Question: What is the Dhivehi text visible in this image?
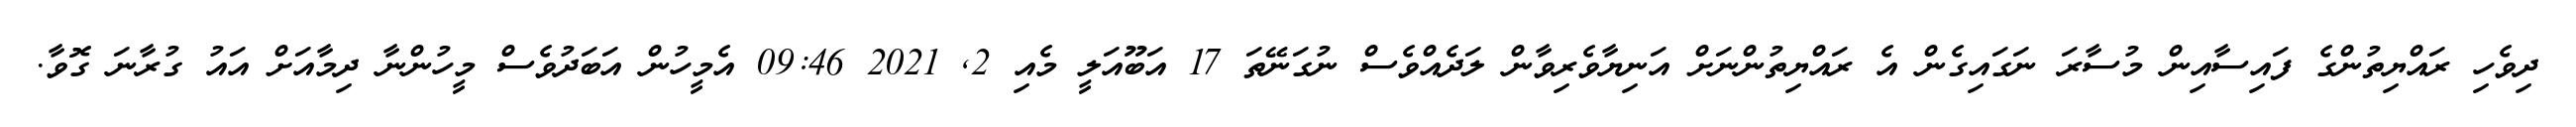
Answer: ދިވެހި ރައްޔިތުންގެ ފައިސާއިން މުސާރަ ނަގައިގެން އެ ރައްޔިތުންނަށް އަނިޔާވެރިވާން ލަދެއްވެސް ނުގަނޭތަ 17 އަބޫއަލީ މެއި 2, 2021 09:46 އެމީހުން އަބަދުވެސް މީހުންނާ ދިމާއަށް އައު ގުރާނަ ގޮވާ.